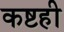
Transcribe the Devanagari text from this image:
कष्टही